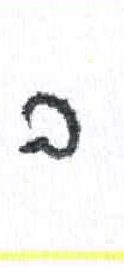
אות: ב